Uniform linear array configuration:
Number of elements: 12
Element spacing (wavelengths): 0.75
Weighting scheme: cosine
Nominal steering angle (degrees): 30
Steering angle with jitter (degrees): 29.2
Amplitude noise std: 0.05
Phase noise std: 0.05

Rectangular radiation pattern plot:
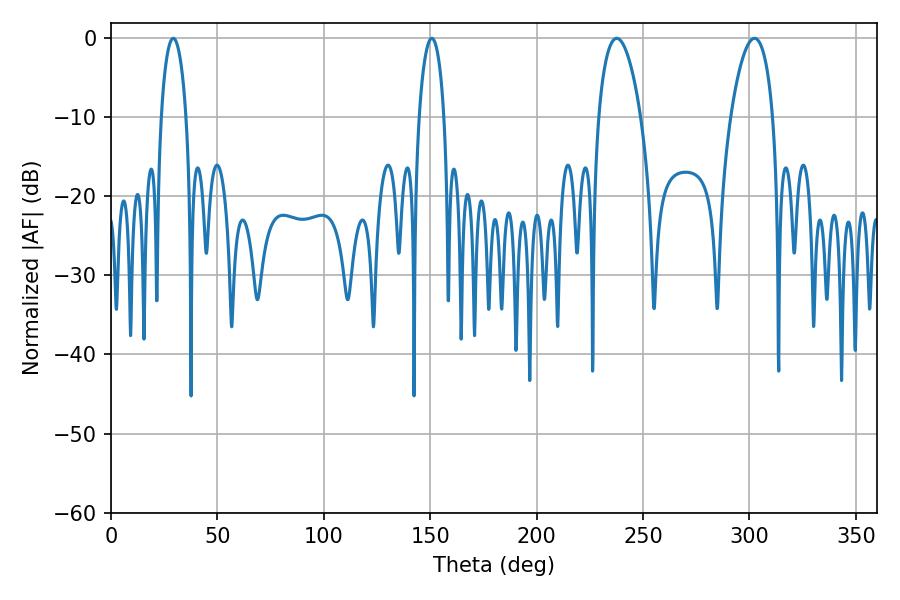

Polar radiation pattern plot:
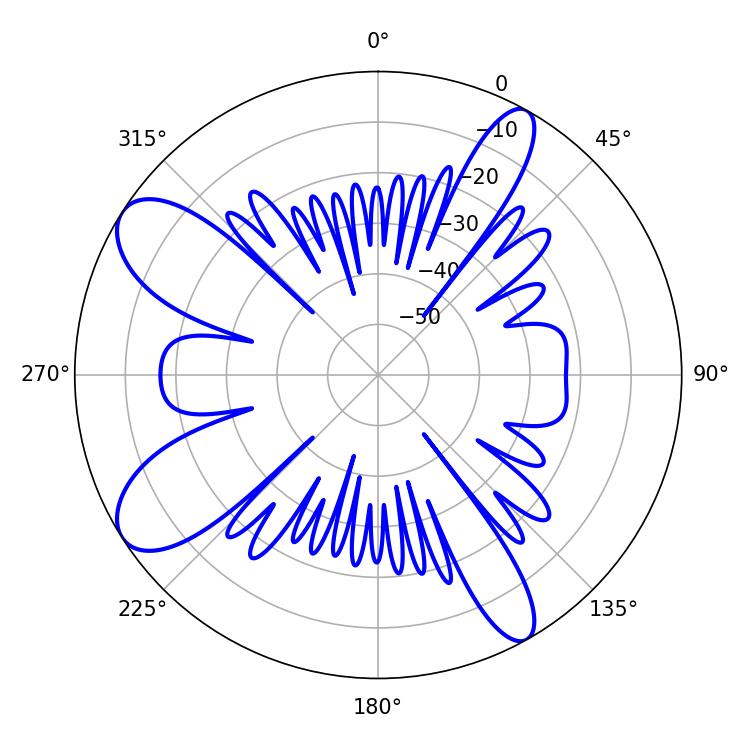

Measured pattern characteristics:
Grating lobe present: TRUE
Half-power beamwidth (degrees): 11.16
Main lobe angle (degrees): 237.6